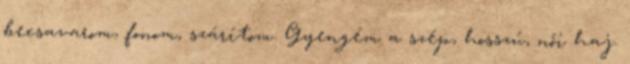
becsavarom, fonom, szárítom. Gyengém a szép, hosszú, női haj.